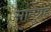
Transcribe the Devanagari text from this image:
सानुग्रह